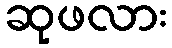
ဆုဖလား